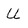
Character: U